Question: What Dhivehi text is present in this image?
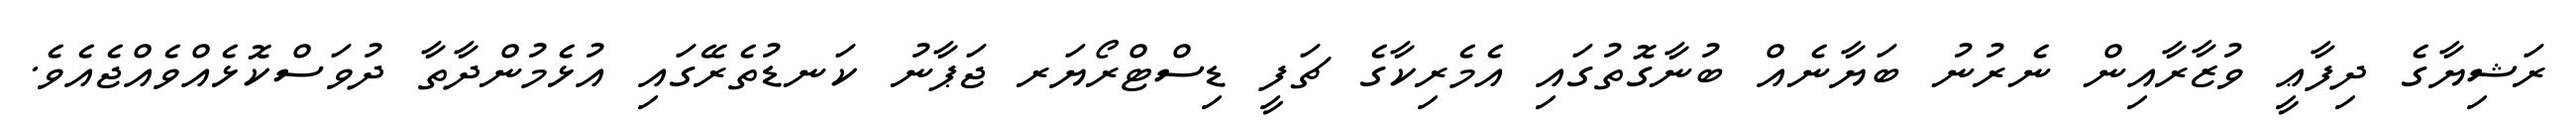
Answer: ރަޝިޔާގެ ދިފާޢީ ވުޒާރާއިން ނެރުނު ބަޔާނެއް ބުނާގޮތުގައި އެމެރިކާގެ ޗަފީ ޑިސްޓްރޯޔަރ ޖަޕާނު ކަނޑުތެރޭގައި އުޅެމުންދާތާ ދުވަސްކޮޅެއްވެއްޖެއެވެ.